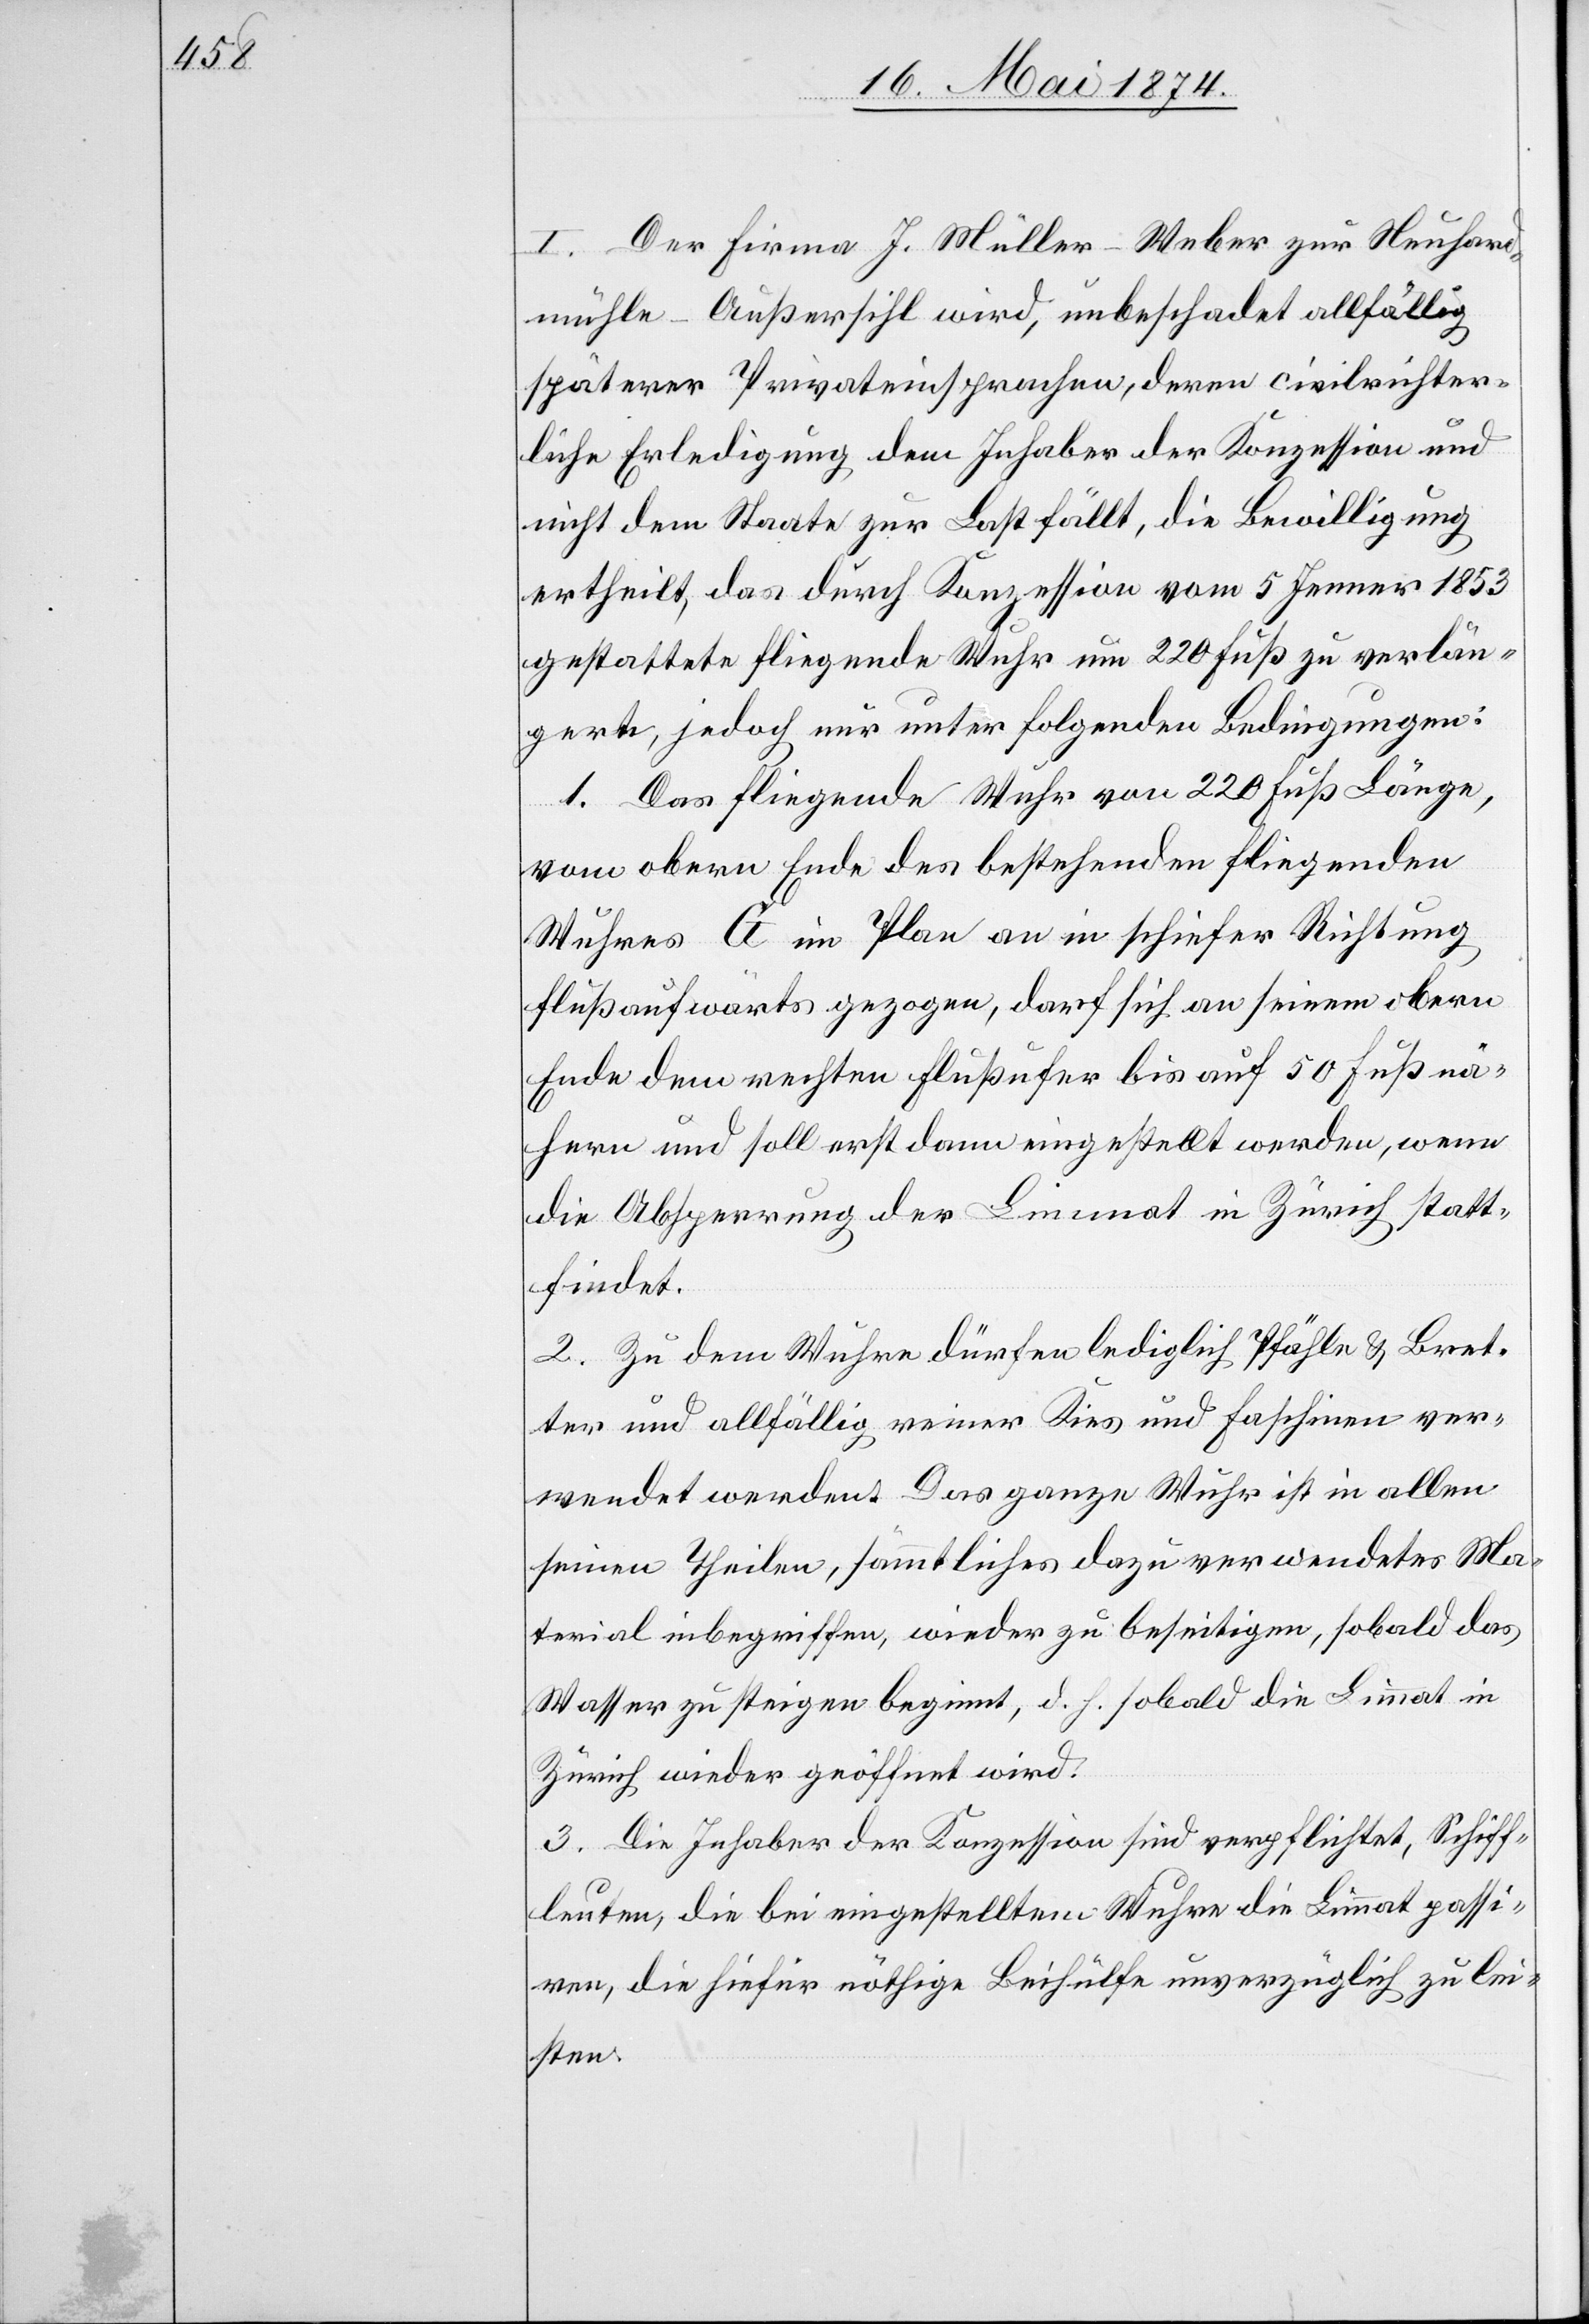
I. Der Firma J. Müller-Weber zur Neuhard¬
mühle-Außersihl wird, unbeschadet allfällig
späterer Privateinsprachen, deren civilrichter¬
liche Erledigung dem Inhaber der Konzession und
nicht dem Staate zur Last fällt, die Bewilligung
ertheilt, das durch Konzession vom 5. Jenner 1853
gestattete fliegende Wuhr um 220 Fuß zu verlän¬
gern, jedoch nur unter folgenden Bedingungen:
1. Das fliegende Wuhr von 220 Fuß Länge,
vom obern Ende des bestehenden fliegenden
Wuhres A im Plan an in schiefer Richtung
flußaufwärts gezogen, darf sich an seinem obern
Ende dem rechten Flußufer bis auf 50 Fuß nä¬
hern und soll erst dann eingestellt werden, wenn
die Absperrung der Limmat in Zürich statt¬
findet.
2. Zu dem Wuhr dürfen lediglich Pfähle u. Bret¬
ter und allfällig reiner Kies und Faschinen ver¬
wendet werden. Das ganze Wuhr ist in allen
seinen Theilen, sämmtliches dazuverwendetes Ma¬
terial inbegriffen, wieder zu beseitigen, sobald das
Wasser zu steigen beginnt, d. h. sobald die Limmat in
Zürich wieder geöffnet wird.
3. Die Inhaber der Konzession sind verpflichtet, Schiff¬
leuten, die bei eingestellten Wuhre die Limmat passi¬
ren, die hiefür nöthige Beihülfe unverzüglich zu lei¬
sten.